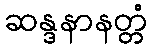
ဆန္ဒနာနတ္တံ